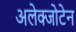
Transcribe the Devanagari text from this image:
अलेक्जोटेन